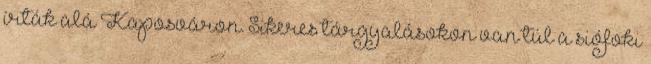
írták alá Kaposváron. Sikeres tárgyalásokon van túl a siófoki